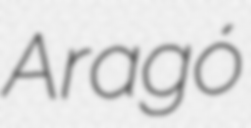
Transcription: Aragó